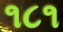
૧૮૧